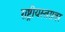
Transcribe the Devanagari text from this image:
राष्ट्रीयस्तरावर